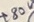
Text: +80V